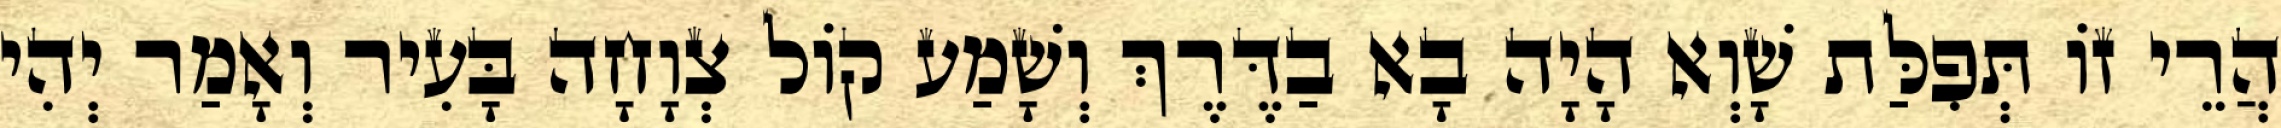
הֲרֵי זוֹ תְּפִלַּת שָׁוְא הָיָה בָא בַדֶּרֶךְ וְשָׁמַע קוֹל צְוָחָה בָּעִיר וְאָמַר יְהִי